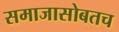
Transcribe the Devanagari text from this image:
समाजासोबतच